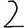
Digit: 2